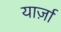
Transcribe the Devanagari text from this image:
यार्ज़ा